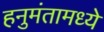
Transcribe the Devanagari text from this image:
हनुमंतामध्ये